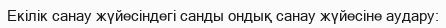
Екiлiк санау жүйесiндегi санды ондық санау жүйесiне аудару: